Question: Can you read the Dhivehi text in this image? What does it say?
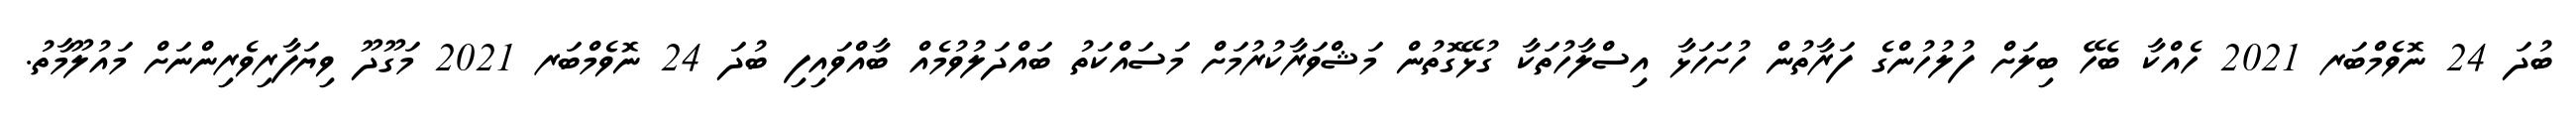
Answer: ބުދަ 24 ނޮވެމްބަރ 2021 ހެއްކާ ބެހޭ ބިލަށް ފުލުހުންގެ ފަރާތުން ހުށަހަޅާ އިސްލާހުތަކާ ގުޅޭގޮތުން މަޝްވަރާކުރުމަށް މަސައްކަތު ބައްދަލުވުމެއް ބާއްވައިފި ބުދަ 24 ނޮވެމްބަރ 2021 މަގޫދޫ ވިޔަފާރިވެރިންނަށް މައުލޫމާތު.